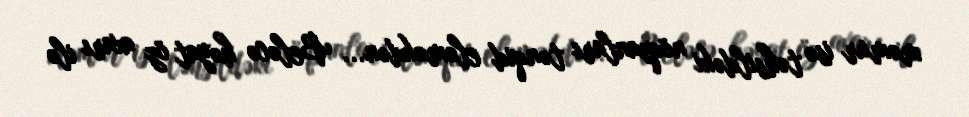
məmur isə təhsildəki nöqsanları tənqid eləməkdən... Beləcə həyat öz axarı ilə